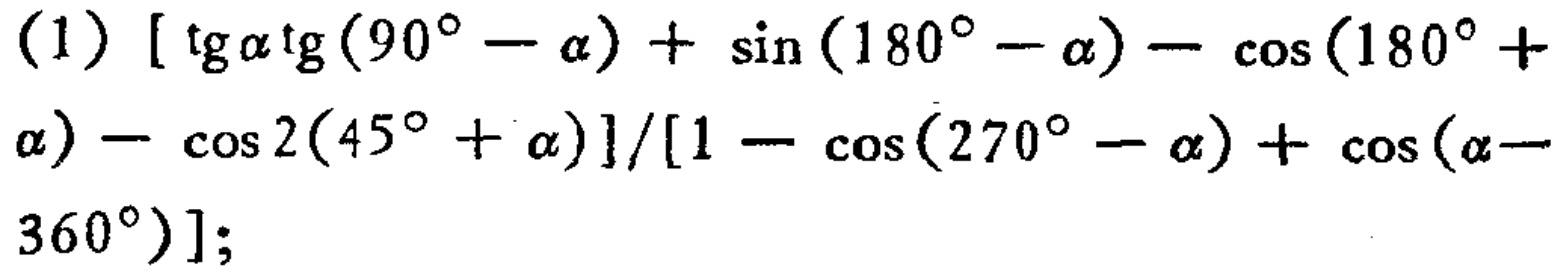
(1) \([\tg\alpha\tg(90^{\circ}-\alpha)+\sin(180^{\circ}-\alpha)-\cos(180^{\circ}+\alpha)-\cos2(45^{\circ}+\alpha)]/[1-\cos(270^{\circ}-\alpha)+\cos(\alpha - 360^{\circ})]\);